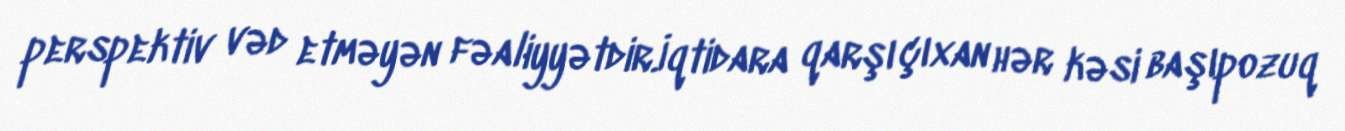
perspektiv vəd etməyən fəaliyyətdir.İqtidara qarşı çıxan hər kəsi başıpozuq